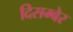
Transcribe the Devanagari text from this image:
दिसम्बेर